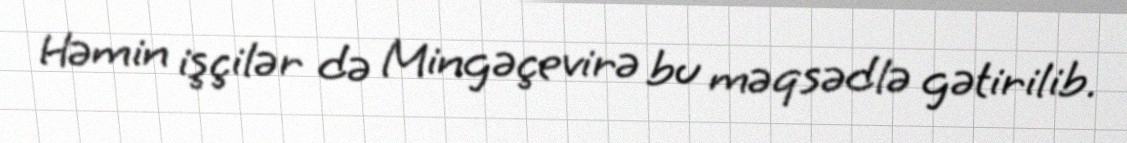
Həmin işçilər də Mingəçevirə bu məqsədlə gətirilib.